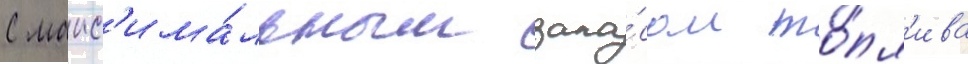
С макс'има́льным запа́сом то́пл'ива